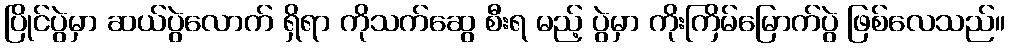
ပြိုင်ပွဲမှာ ဆယ်ပွဲလောက် ရှိရာ ကိုသက်ဆွေ စီးရ မည့် ပွဲမှာ ကိုးကြိမ်မြောက်ပွဲ ဖြစ်လေသည်။